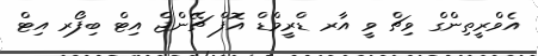
އެވްރީތިންގް ވިޗް ވީ އާރ ޑްރީމްޑް އޮފް ޗޭންޖް އިޓް ބިފޯރ އިޓް